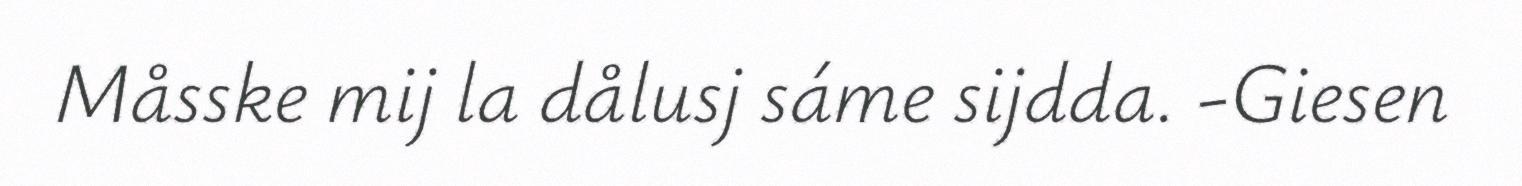
Måsske mij la dålusj sáme sijdda. -Giesen